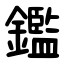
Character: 鑑